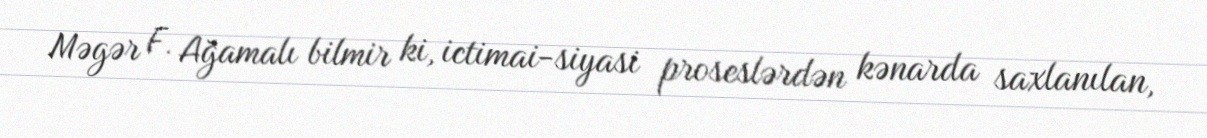
Məgər F. Ağamalı bilmir ki, ictimai-siyasi proseslərdən kənarda saxlanılan,